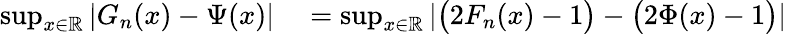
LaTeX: \begin{array}{rl}{\operatorname*{sup}_{x\in\mathbb{R}}\left|G_{n}(x)-\Psi(x)\right|}&{{}=\operatorname*{sup}_{x\in\mathbb{R}}\left|\big(2F_{n}(x)-1\big)-\big(2\Phi(x)-1\big)\right|}\end{array}